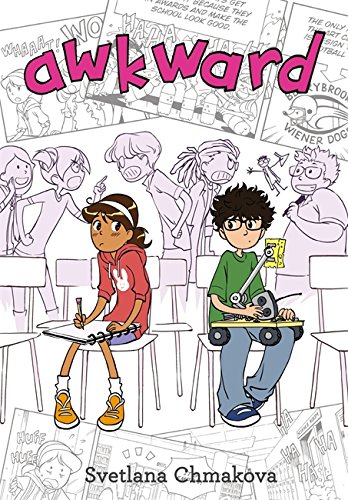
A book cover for Awkward; Svetlana Chmakova; Children's Books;